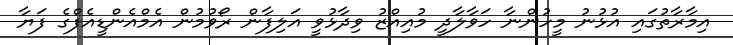
އިމާރާތުގައި އުޅުނު މީހުންނާ ހަވާލާދީ މުއިއްޒު ވިދާޅުވީ އަލިފާން ރޯވުމުން އެމްއެންޑީއެފްގެ ފަޔާ